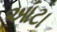
આટા